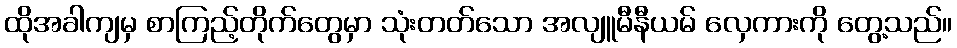
ထိုအခါကျမှ စာကြည့်တိုက်တွေမှာ သုံးတတ်သော အလျူမီနီယမ် လှေကားကို တွေ့သည်။